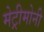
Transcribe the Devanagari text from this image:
मेट्रीमोनी